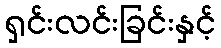
ရှင်းလင်းခြင်းနှင့်